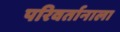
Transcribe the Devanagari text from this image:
परिवर्तानाला